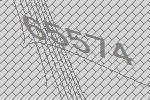
65574